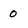
Character: 0